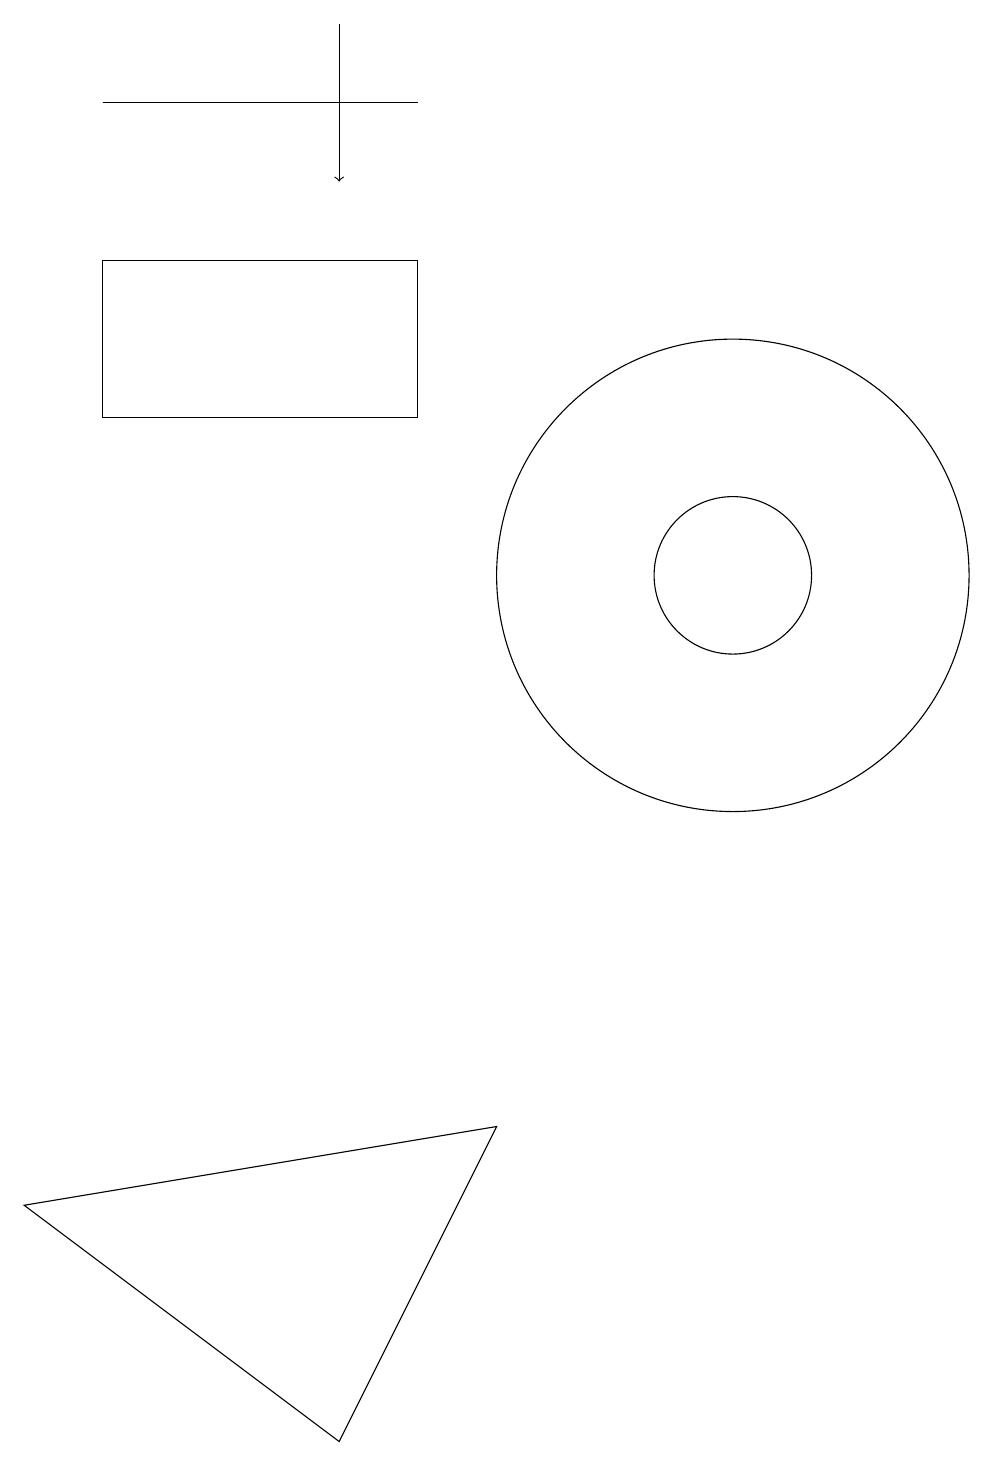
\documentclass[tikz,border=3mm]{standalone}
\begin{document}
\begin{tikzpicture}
\draw (11,11) circle (3);
\draw (7,17) rectangle (3,17);
\draw (2,3) -- (8,4) -- (6,0) -- cycle;
\draw[->] (6,18) -- (6,16);
\draw (11,11) circle (1);
\draw (7,13) rectangle (3,15);
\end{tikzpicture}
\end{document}